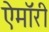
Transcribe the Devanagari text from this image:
ऐमॉरी